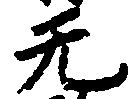
無